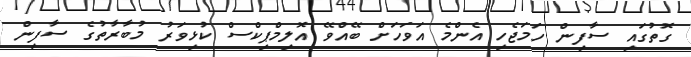
ގޮތުގައި ސާފިން ހަމަޖެހި އެންމެ އަވަހަށް ބޭއްވޭ އޮލިމްޕިކްސް ކުޅިވަރު މުބާރާތުގެ ސާފިން